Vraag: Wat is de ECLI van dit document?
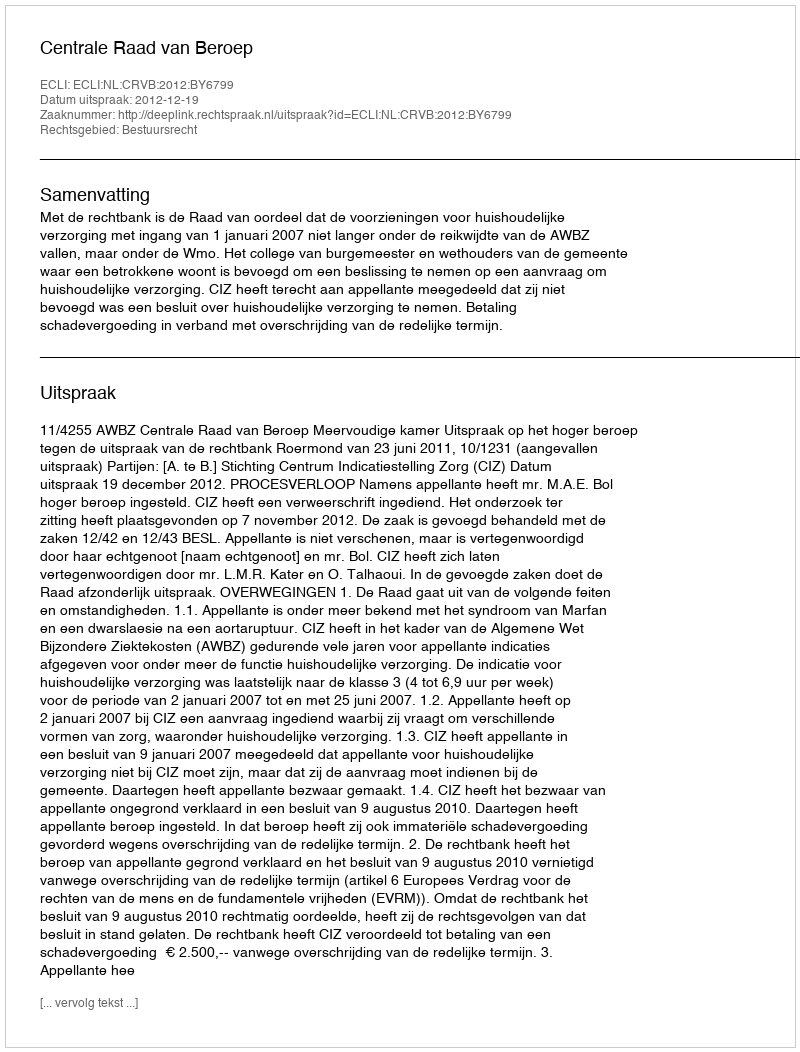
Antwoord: ECLI:NL:CRVB:2012:BY6799